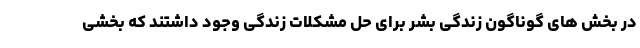
در بخش های گوناگون زندگی بشر برای حل مشکلات زندگی وجود داشتند که بخشی